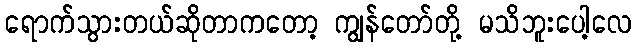
ရောက်သွားတယ်ဆိုတာကတော့ ကျွန်တော်တို့ မသိဘူးပေါ့လေ